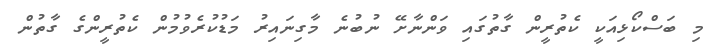
މި ބަސްކޯޅިއަކީ ކެތުރީން ގާތުގައި ވަންނާށޭ ނުބުނެ މާގިނައިރު މަޑުކުރެވުމުން ކެތުރީންގެ ގާތުން